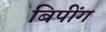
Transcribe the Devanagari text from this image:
बिपींग